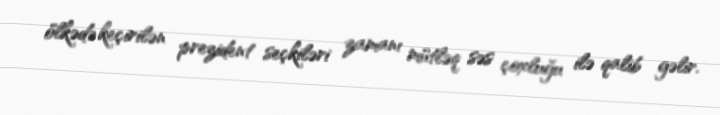
ölkədə keçirilən prezident seçkiləri zamanı mütləq səs çoxluğu ilə qalib gəlir.